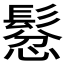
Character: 𲌠